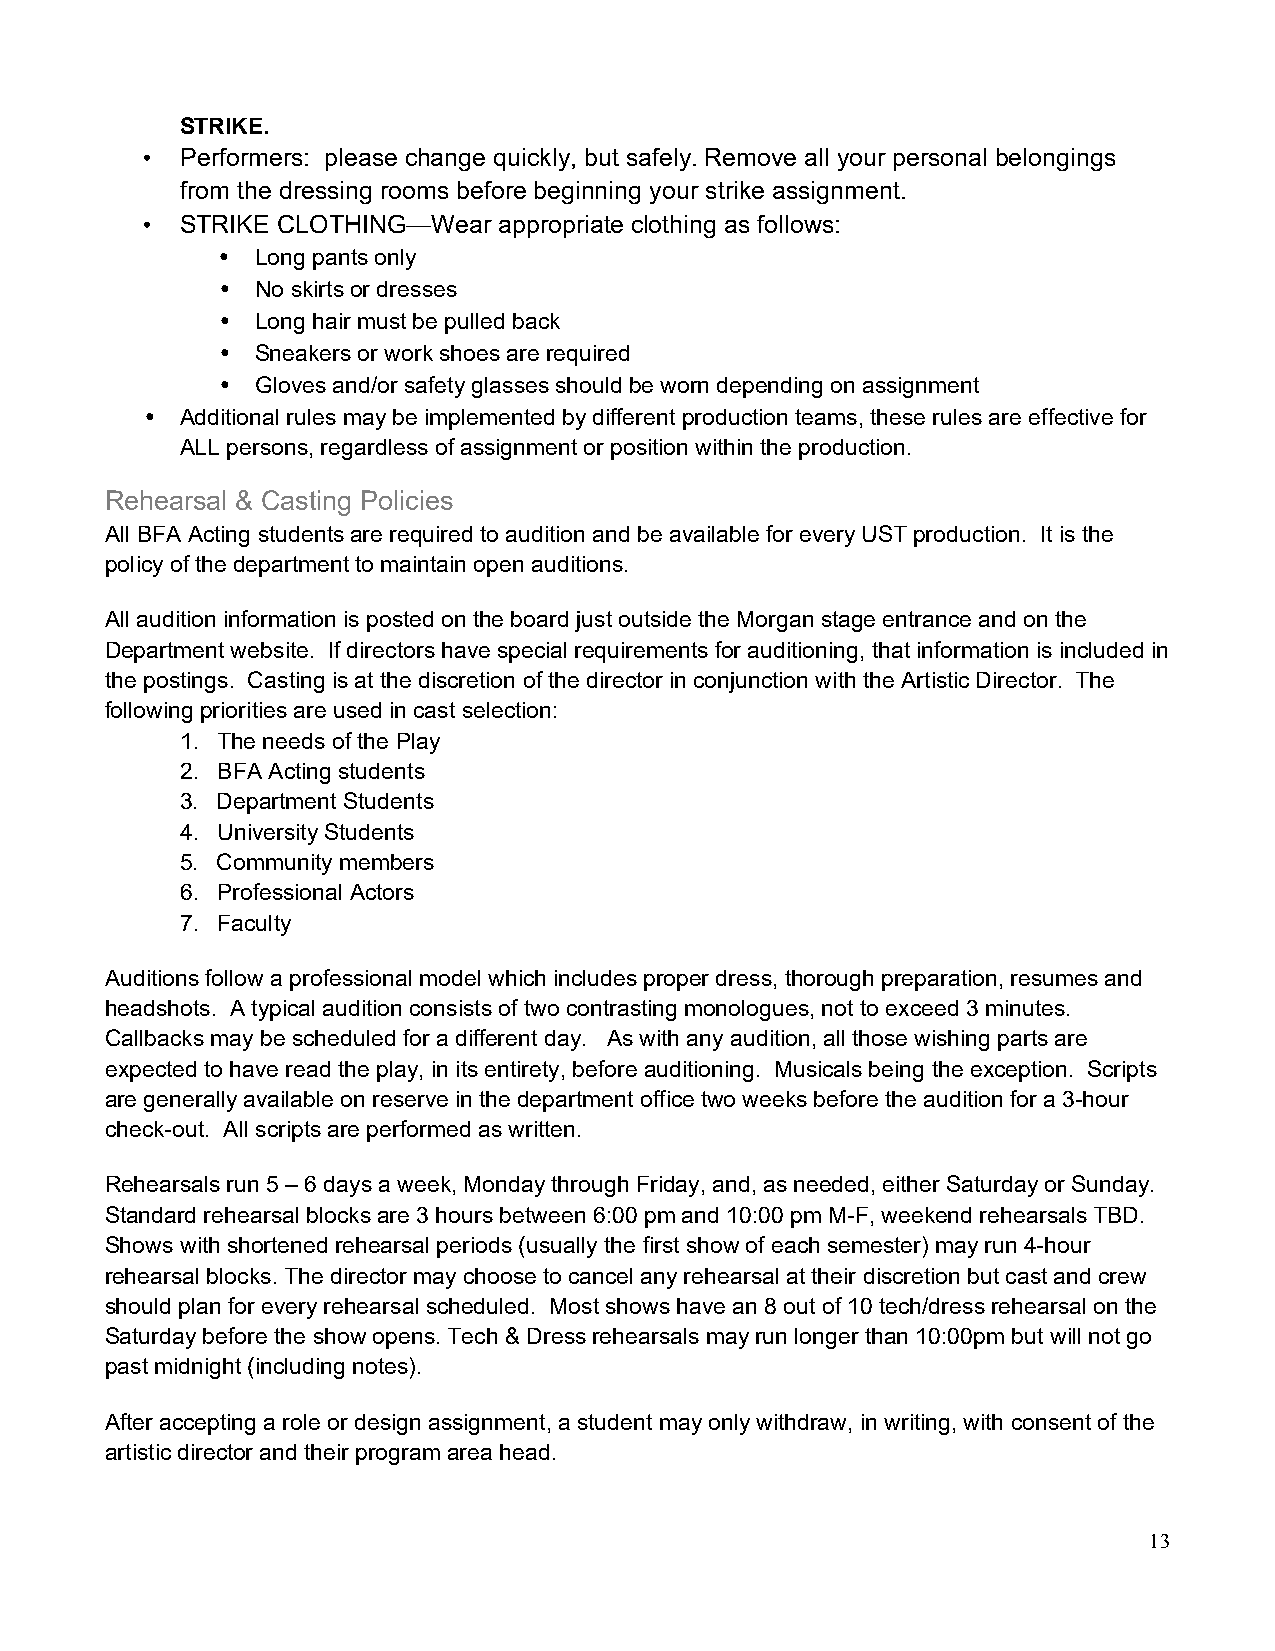
STRIKE.
 •  Performers: please change quickly, but safely. Remove all your personal belongings
 from the dressing rooms before beginning your strike assignment.
 •  STRIKE CLOTHING—Wear appropriate clothing as follows:
 •  Long pants only
 •  No skirts or dresses
 •  Long hair must be pulled back
 •  Sneakers or work shoes are required
 •  Gloves and/or safety glasses should be worn depending on assignment
 •  Additional rules may be implemented by different production teams, these rules are effective for
 ALL persons, regardless of assignment or position within the production.
 Rehearsal & Casting Policies
 All BFA Acting students are required to audition and be available for every UST production. It is the
 policy of the department to maintain open auditions.
 All audition information is posted on the board just outside the Morgan stage entrance and on the
 Department website. If directors have special requirements for auditioning, that information is included in
 the postings. Casting is at the discretion of the director in conjunction with the Artistic Director. The
 following priorities are used in cast selection:
 1. The needs of the Play
 2. BFA Acting students
 3. Department Students
 4. University Students
 5. Community members
 6. Professional Actors
 7. Faculty
 Auditions follow a professional model which includes proper dress, thorough preparation, resumes and
 headshots. A typical audition consists of two contrasting monologues, not to exceed 3 minutes.
 Callbacks may be scheduled for a different day. As with any audition, all those wishing parts are
 expected to have read the play, in its entirety, before auditioning. Musicals being the exception. Scripts
 are generally available on reserve in the department office two weeks before the audition for a 3-hour
 check-out. All scripts are performed as written.
 Rehearsals run 5 – 6 days a week, Monday through Friday, and, as needed, either Saturday or Sunday.
 Standard rehearsal blocks are 3 hours between 6:00 pm and 10:00 pm M-F, weekend rehearsals TBD.
 Shows with shortened rehearsal periods (usually the first show of each semester) may run 4-hour
 rehearsal blocks. The director may choose to cancel any rehearsal at their discretion but cast and crew
 should plan for every rehearsal scheduled. Most shows have an 8 out of 10 tech/dress rehearsal on the
 Saturday before the show opens. Tech & Dress rehearsals may run longer than 10:00pm but will not go
 past midnight (including notes).
 After accepting a role or design assignment, a student may only withdraw, in writing, with consent of the
 artistic director and their program area head.
 13